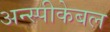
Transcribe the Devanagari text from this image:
अन्स्पीकेबल